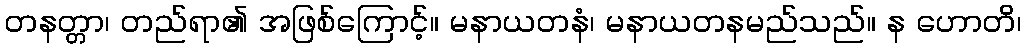
တနတ္တာ၊ တည်ရာ၏ အဖြစ်ကြောင့်။ မနာယတနံ၊ မနာယတနမည်သည်။ န ဟောတိ၊